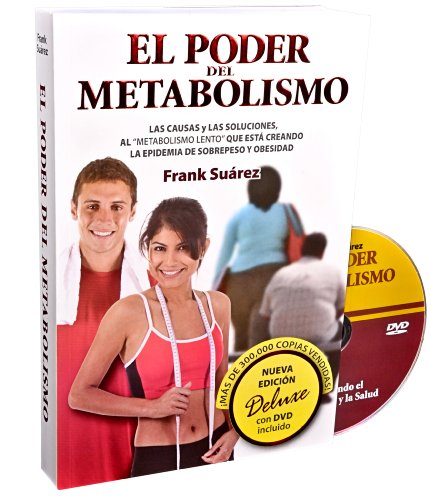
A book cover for El Poder del Metabolismo - EdiciÃ³n Deluxe con DVD - Sobre 500,000 Ejemplares Vendidos - Mas que una Dieta, un Estilo de Vida - Aprenda a Bajar de Peso Sin Pasar Hambre (Spanish Edition); Frank Suarez; Health, Fitness & Dieting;